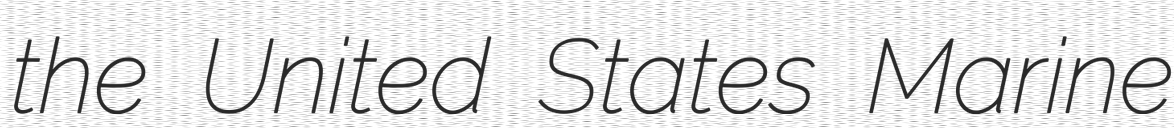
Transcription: the United States Marine